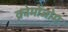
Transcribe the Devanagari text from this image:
क्रोमोंजोम